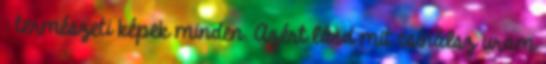
: természeti képek minden. Azért lásd mit csinálsz uram